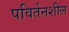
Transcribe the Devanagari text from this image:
पविर्तनशील